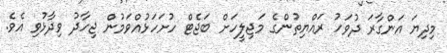
މިދިޔަ އަންގާރަ ދުވަހު ރައްޔިތުންގެ މަޖިލީހަށް ބަޖެޓް ހުށަހަޅުއްވަމުން ޖިހާދު ވިދާޅުވި އެވެ.